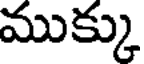
ముక్కు